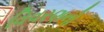
વિવરણનો